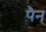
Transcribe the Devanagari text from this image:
पैन्